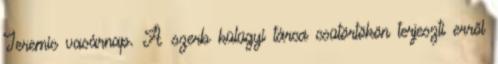
Jeremic vasárnap. A szerb külügyi tárca csütörtökön terjeszti erről